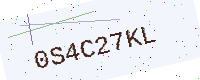
Text: 0S4C27KL